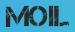
MOIL